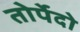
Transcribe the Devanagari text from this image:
तोर्पेदो